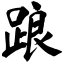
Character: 踉